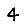
Digit: 4